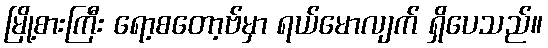
မြို့စားကြီး ရော့စတော့ဗ်မှာ ရယ်မောလျက် ရှိပေသည်။